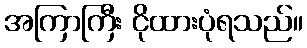
အကြာကြီး ငိုထားပုံရသည်။